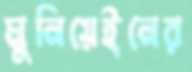
মুনিয়েইনের